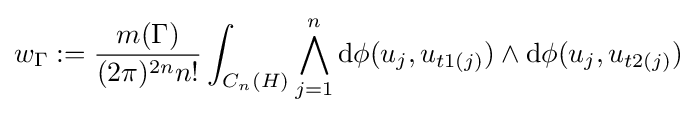
w_{\Gamma }:={\frac {m(\Gamma )}{(2\pi )^{2n}n!}}\int _{C_{n}(H)}\bigwedge _{j=1}^{n}\mathrm {d} \phi (u_{j},u_{t1(j)})\wedge \mathrm {d} \phi (u_{j},u_{t2(j)})